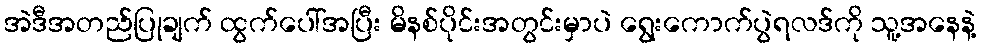
အဲဒီအတည်ပြုချက် ထွက်ပေါ်အပြီး မိနစ်ပိုင်းအတွင်းမှာပဲ ရွေးကောက်ပွဲရလဒ်ကို သူ့အနေနဲ့